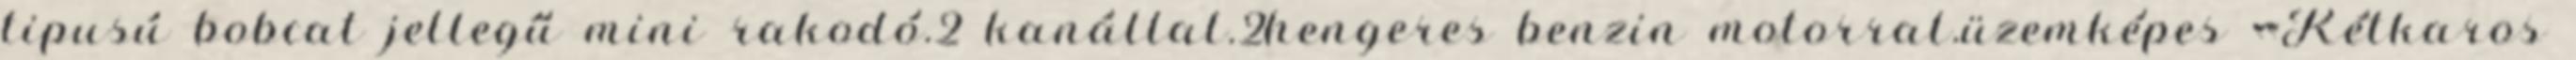
tipusú bobcat jellegű mini rakodó.2 kanállal.2hengeres benzin motorral.üzemképes «Kétkaros